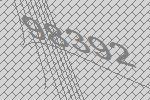
98392